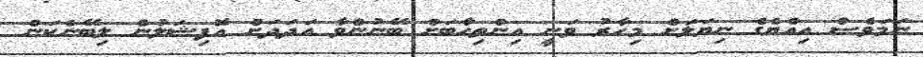
ނަމަވެސް އިއްޔެގެ ނިޔަލަށް މިހާރު ވަނީ އިންތިހާބަށް ބޭނުންވާ އަދަދަށް އޮފިޝަލުން ލިބޭނެކަން